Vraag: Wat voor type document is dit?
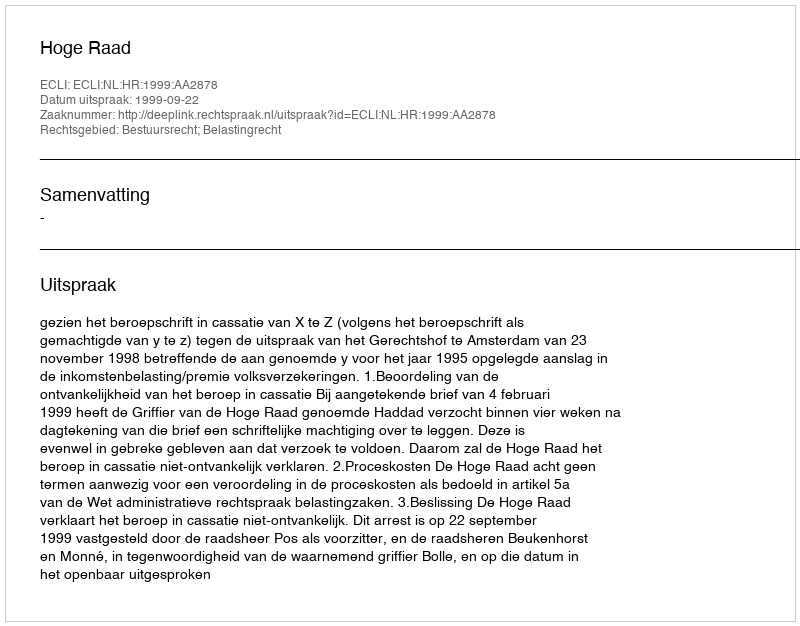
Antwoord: Uitspraak